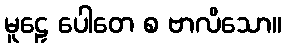
မူဠှေ ပေါတေ စ ဗာလိသော။